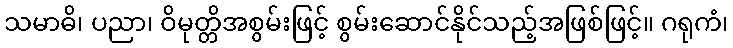
သမာဓိ၊ ပညာ၊ ဝိမုတ္တိအစွမ်းဖြင့် စွမ်းဆောင်နိုင်သည့်အဖြစ်ဖြင့်။ ဂရုကံ၊